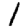
Digit: 1